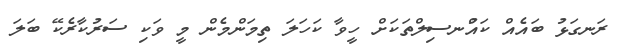
ރަނގަޅު ބައެއް ކައުްނސިލްތަކަށް ހީވާ ކަހަލަ ތިމަންމެން މީ ވަކި ސަރުކާރެކޭ ބަލަ